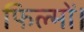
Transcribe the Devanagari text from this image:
फिल्मों।